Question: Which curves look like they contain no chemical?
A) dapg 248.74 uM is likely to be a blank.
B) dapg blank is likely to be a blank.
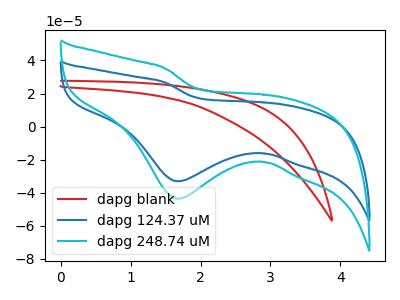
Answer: <think>The red curve "dapg blank" has no peaks. The blue curve "dapg 124.37 uM" has a cathodic peak at: (1.65V, -33.00uA). The cyan curve "dapg 248.74 uM" has a cathodic peak at: (1.65V, -43.60uA).</think>
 <answer>B) "dapg blank" is likely to be a blank.</answer>
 <eval>B</eval>